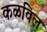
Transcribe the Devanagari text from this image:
कळविल